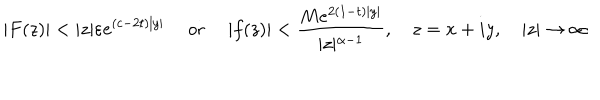
LaTeX: \vert F ( z ) \vert < \vert z \vert \varepsilon e ^ { ( c - 2 t ) \vert y \vert } \quad \textrm { o r } \quad \vert f ( z ) \vert < \frac { M e ^ { 2 ( 1 - t ) \vert y \vert } } { \vert z \vert ^ { \alpha - 1 } } , \quad z = x + i y , \quad \vert z \vert \to \infty